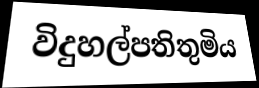
විදුහල්පතිතුමිය